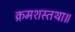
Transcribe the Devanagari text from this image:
क्रमशस्तथा॥